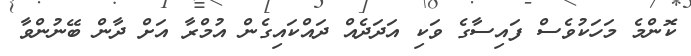
ކޮންމެ މަހަކުވެސް ފައިސާގެ ވަކި އަދަދެއް ދައްކައިގެން އުމްރާ އަށް ދާން ބޭނުންވާ